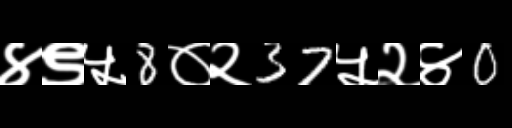
Text: ४९५8०२37५२४0